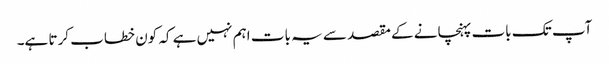
آپ تک بات پہنچانے کے مقصد سے یہ بات اہم نہیں ہے کہ کون خطاب کرتا ہے۔